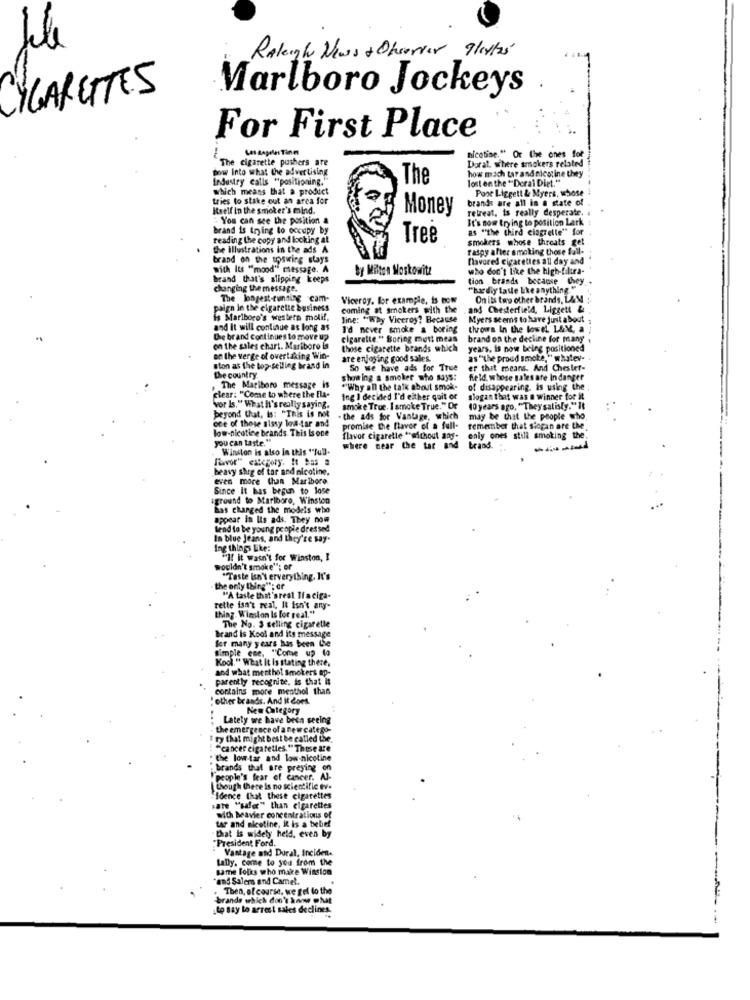
Raleigh News & Observer 9/11/2'
MARGITES
Marlboro Jockeys
For First Place
Les dapele Tine
The cigarette pushers are
Dorat. where smokers related
nicotine." Or the ones for
bow Into what the advertising
how mach tar and alestine they
Industry calls "positioning."
The
lost on the ""Deral Diet."
which means that a product
Poot Liggett & Myers, whose
tries to stake out an arca for
brands are all in a state of
Itself in the smoker's mind.
Money
retreat, is really desperate.
" You can see the position a
It's now trying to position Lark
brand is trying to occupy by
as "the third ciagrette" for
reading the copy and looking at
Tree
smokers whose threats get
the illustrations in the ads A
raspy after smoking those fail-
brand on the toswing stays
favored cigarettes all day and
with Its "mood" message. A
by Milton Moskowitz
who don't Like the high-filtra-
brand that's slipping keeps
tion brands because they.
changing the message.
"hardly taste Like anything."
The longest-running cam-
Viceroy, for example, is now
On its two other brands, LAM :
paign in the cigarette business
coming at smokers with the
and Chesterfield, Liggett &
is Marlboro's western molif,
line: "Why Viceroy? Because
Myers seems to have just a bout
and It will continue as long as
I'd never smoke a boring
throws In the lowe L&M, a
The brand continues to move up
cigarette." Boring mutt meas
brand on the decline for many
on the sales chart. Mariboro is
those cigarette brands which
years. is now being positioned
on the verge of overtaking Win-
are enjoying good salles.
as "the proud smoke," whatev-
ston as the top-selling brand in
So we have ads for True
er thit means. And Chester-
the country.
show ing a smoker who says:
field, whose sales are Indanger
. The Matiboro message_is
"Why all the talk about smok-
of disappearing, is using the
clear: "Come to where the Ela-
Ing I decided I'd either quit or
slogan that was a winner for it
beyond Chat, Is: "This is not
vor Is." What It's really saying.
smoke True, I smoke True." Or
10 years ago. "They salisty." It
one of those sissy low-tar and
- the ads for Vantage, which
may be that the people who
low-nicotine brands. This Is one
promise the flavor of a full-
remember that siogan are the
you can taste."
flavor cigarette "without any-
eniy ones still smoking the
Winston is also in this ""Tull-
where near the tar and
brand
----
favor" excgory. It Eas a
heavy shig of tar and nicotine,
even more than Marlboro
Since it has begun to lose
iground to Marlboro, Winston
has changed the models who
appear in Its ads. They now
tend to be young people dressed
In blue Jeans, and they're say-
Ing things Like:
"If it wasn't for Winston, I
wouldn't smoke"; or
"Taste Isn't erverything, It's
the only thing "; ar
"A taste that'sreal If aciga-
rette isn't real, It isn't any-
thing. Winston Is for real."
The No. 3 selling cigaretle
Brand is Kool and its message
for many years has been the
simple ene. "Come up la
Kool." What It Is stating there,
and what menthol smokers top-
parently recognize, is that it
contains more menthol than
: other brands. And it does.
New Category
Lately we have been seeing
the emergence of a new catego-
ry that might best be called the.
--
"cancer cigarettes. " These are
the low tar and low-nicotine
brands that are preying on
Ipeople's fear of cancer. Al-
though there is no scientific ev.
"Idence that these cigarettes
ate "ufer" than cigarettes
tar and nicotine, it is a belief
with beavier concentrations of
that is widely held, even by
"President Ford.
Vantage and Dural, Inciden.
tally. come to you from the
same folks who make Winsion
"and Salem and Camet.
Then, of course. we gel lo the
brande which don't know what
to say to arrest sales declines.